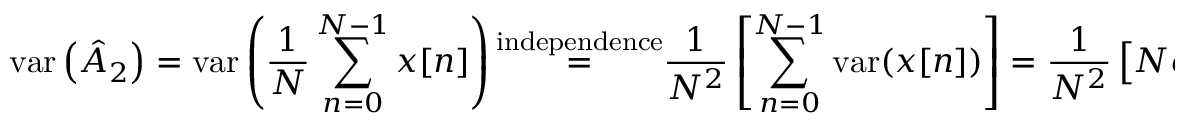
\mathrm { v a r } \left( { \hat { A } } _ { 2 } \right) = \mathrm { v a r } \left( { \frac { 1 } { N } } \sum _ { n = 0 } ^ { N - 1 } x [ n ] \right) { \overset { \mathrm { i n d e p e n d e n c e } } { = } } { \frac { 1 } { N ^ { 2 } } } \left[ \sum _ { n = 0 } ^ { N - 1 } \mathrm { v a r } ( x [ n ] ) \right] = { \frac { 1 } { N ^ { 2 } } } \left[ N \sigma ^ { 2 } \right] = { \frac { \sigma ^ { 2 } } { N } }